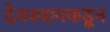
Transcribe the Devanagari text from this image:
देवस्थानकडून